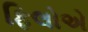
ફિલોએ